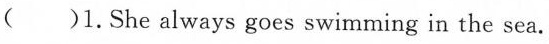
( )1. She always goes swimming in the sea.